Scottish Leaving Certificate Examination, 1960
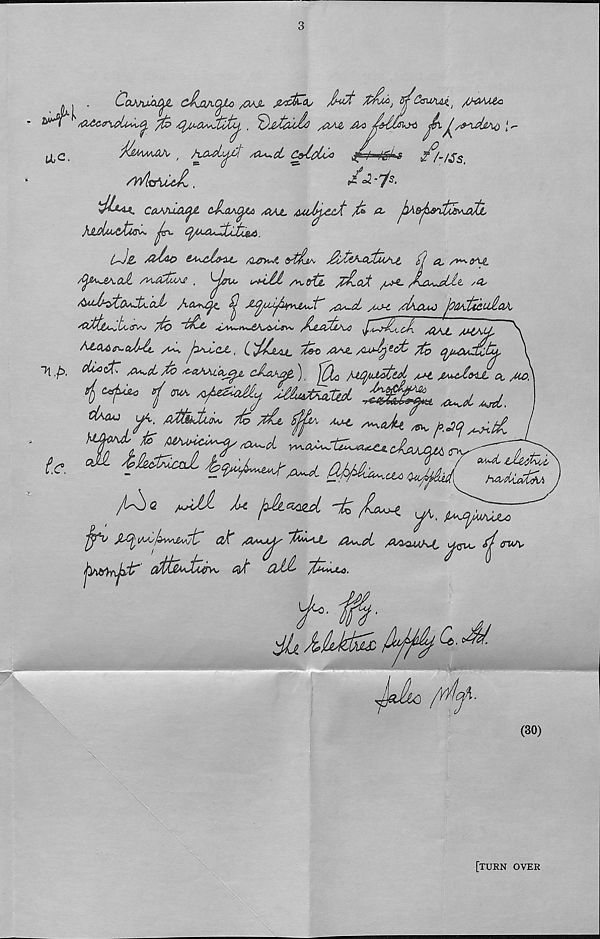
lie.
. , .
CcOOVAJ^L C^MA^lo /&JL JM&Os
S^&suAAi, /WU*
***
/&> sCj^cwStlfc'^ , ^^tcula /Oaji Ao^ J^[ •
J'^MMjQJX’ / /lAjUlot /tX^.CC C&totisO
^^aa/^s
<t^/-/£s
/v/l&iUsL .
^°2 -I s
'tJh-M* CaA/uA(j& &Aa\t^te AIAjL &uJj^C&fc
A*
t~)z-
/CL&>i~ti &fcijL^
(j a_ /v^axt
‘^JZA.C’J,
. ^ffU, u*iM s^tftL p£_oJ; / l^-
/4s
A'd^&sdXaJ' A^^<. ^
/Os-oL yoj-t aIxcu^ h&Cttc.uJla *
/ tifct&A^t^iSVv
lA^tn~j£AsSyLr»* fljiAslv^C
/&AjL, MtKLL
/^<X&e^cJjAA
, (,'^A/uc
A/^i. /GJj-^eofc /to qjtt*&dctjuL.
^cL rfb ^sckklo^ c&m#, )
0^ /^quettcA /m, m^cIovl a,
_
7fc th. Sffv. A^l
iJbofc/i
h&cUxvtAA
^ ^<2
^All U jA^U -fc^
jjjfv
ok
'U^L, As^pL A^AKt
^ewx
t.c.
(30)
[turn over